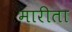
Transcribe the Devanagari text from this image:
मारीता